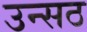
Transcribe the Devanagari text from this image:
उन्सठ